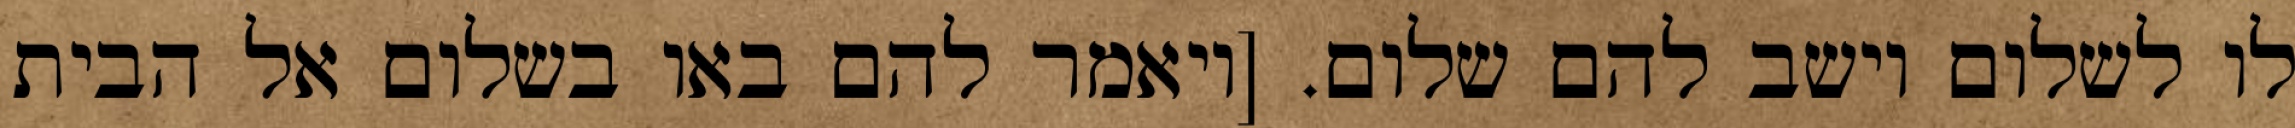
לו לשלום וישב להם שלום. [ויאמר להם באו בשלום אל הבית